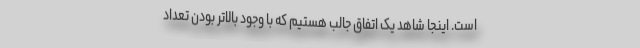
است. اینجا شاهد یک اتفاق جالب هستیم که با وجود بالاتر بودن تعداد